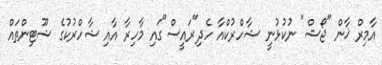
އާމިރް ޚާން "ޖޯޝް" ނުކުޅުނީ ޝާހްރުކްއާ ހެދި"ރައީސް"ގައި މާހިރާ އާއި ޝާހްރުކުގެ ޝޫޓިންތައް